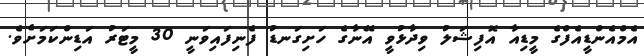
އެމްއެންޑީއެފްގެ މީޑިއާ އޮފިޝަލު ވިދާޅުވީ އޭނާގެ ހަށިގަނޑު ފެނިފައިވަނީ 30 މީޓަރު އަޑިންކަމަށެވެ.